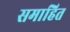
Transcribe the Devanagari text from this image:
समाहित